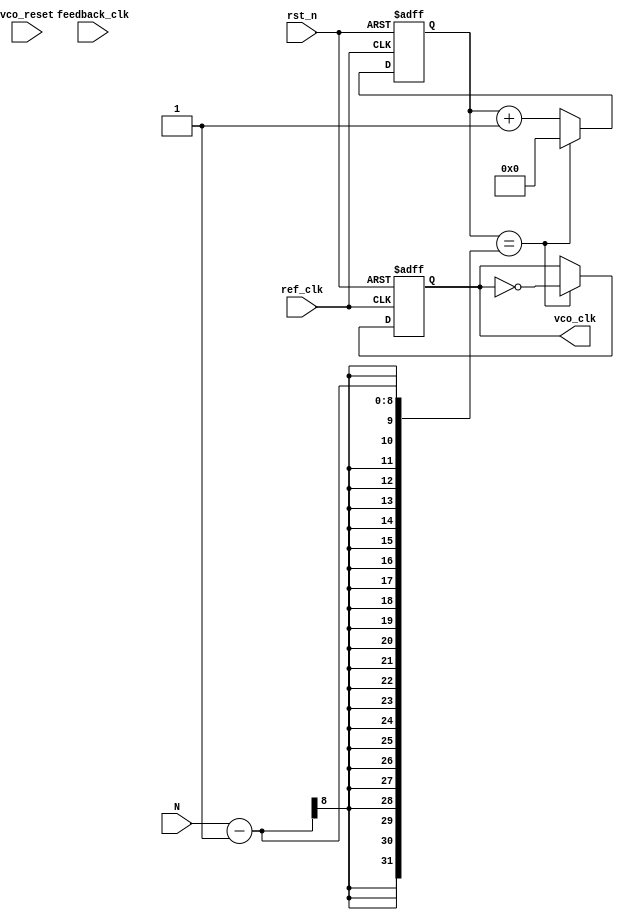
module integer_n_pll (
    input wire ref_clk,           // Reference clock input
    input wire rst_n,            // Active low reset
    input wire vco_reset,        // VCO reset
    input wire feedback_clk,      // Feedback clock from VCO
    input wire [7:0] N,          // Division factor
    output wire vco_clk          // VCO output clock
);

    // Phase Frequency Detector (PFD)
    reg pfd_up, pfd_down;
    reg ref_last, feedback_last;

    always @(posedge ref_clk or negedge rst_n) begin
        if (!rst_n) begin
            pfd_up <= 0;
            pfd_down <= 0;
            ref_last <= 0;
            feedback_last <= 0;
        end else begin
            // PFD logic
            if (feedback_clk) feedback_last <= 1;
            if (ref_last && !feedback_last) begin
                pfd_up <= 1;
                pfd_down <= 0;
            end else if (!ref_last && feedback_last) begin
                pfd_up <= 0;
                pfd_down <= 1;
            end else begin
                pfd_up <= 0;
                pfd_down <= 0;
            end
            ref_last <= 1;
        end
    end

    // Charge Pump
    reg [15:0] charge_pump_output;
    
    always @(posedge ref_clk or negedge rst_n) begin
        if (!rst_n) 
            charge_pump_output <= 16'h0000;  // Reset output
        else begin
            if (pfd_up)
                charge_pump_output <= charge_pump_output + 1; // Increase
            else if (pfd_down)
                charge_pump_output <= charge_pump_output - 1; // Decrease
        end
    end

    // Loop Filter (simple first-order)
    reg [15:0] loop_filter_output;

    always @(posedge ref_clk or negedge rst_n) begin
        if (!rst_n)
            loop_filter_output <= 16'h0000;
        else
            loop_filter_output <= charge_pump_output; // Could implement a more complex filter
    end

    // Voltage-Controlled Oscillator (VCO)
    reg [7:0] vco_frequency;
    
    always @(posedge ref_clk or negedge rst_n) begin
        if (!rst_n)
            vco_frequency <= 8'h00;  // Reset VCO frequency
        else
            vco_frequency <= loop_filter_output[7:0]; // Use loop filter output to control frequency
    end

    // Divider
    reg [7:0] counter;
    reg vco_clk_reg;

    always @(posedge ref_clk or negedge rst_n) begin
        if (!rst_n) begin
            counter <= 0;
            vco_clk_reg <= 0;
        end else begin
            if (counter == N - 1) begin
                vco_clk_reg <= ~vco_clk_reg; // Toggle output
                counter <= 0; // Reset counter
            end else begin
                counter <= counter + 1; // Increment counter
            end
        end
    end

    assign vco_clk = vco_clk_reg;

endmodule